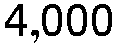
4,000